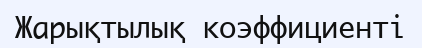
Жарықтылық коэффициенті